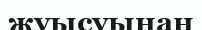
жуысуынан